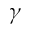
\gamma